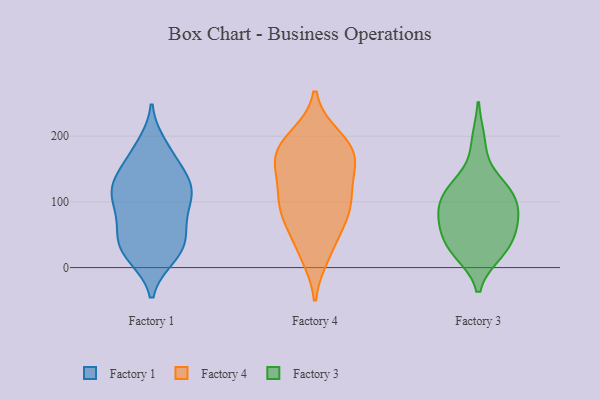
{"axis": {"x": "Backlog", "y": "Value"}, "legend": ["Factory 1", "Factory 3", "Factory 4"], "data": [{"x": "", "y": 92, "type": "Factory 1"}, {"x": "", "y": 59, "type": "Factory 1"}, {"x": "", "y": 174, "type": "Factory 1"}, {"x": "", "y": 186, "type": "Factory 1"}, {"x": "", "y": 17, "type": "Factory 1"}, {"x": "", "y": 48, "type": "Factory 1"}, {"x": "", "y": 68, "type": "Factory 1"}, {"x": "", "y": 92, "type": "Factory 1"}, {"x": "", "y": 116, "type": "Factory 1"}, {"x": "", "y": 124, "type": "Factory 1"}, {"x": "", "y": 26, "type": "Factory 1"}, {"x": "", "y": 138, "type": "Factory 1"}, {"x": "", "y": 169, "type": "Factory 1"}, {"x": "", "y": 119, "type": "Factory 1"}, {"x": "", "y": 130, "type": "Factory 1"}, {"x": "", "y": 25, "type": "Factory 1"}, {"x": "", "y": 131, "type": "Factory 1"}, {"x": "", "y": 103, "type": "Factory 1"}, {"x": "", "y": 42, "type": "Factory 1"}, {"x": "", "y": 20, "type": "Factory 1"}, {"x": "", "y": 196, "type": "Factory 4"}, {"x": "", "y": 168, "type": "Factory 4"}, {"x": "", "y": 19, "type": "Factory 4"}, {"x": "", "y": 130, "type": "Factory 4"}, {"x": "", "y": 88, "type": "Factory 4"}, {"x": "", "y": 173, "type": "Factory 4"}, {"x": "", "y": 26, "type": "Factory 4"}, {"x": "", "y": 159, "type": "Factory 4"}, {"x": "", "y": 79, "type": "Factory 4"}, {"x": "", "y": 108, "type": "Factory 4"}, {"x": "", "y": 135, "type": "Factory 4"}, {"x": "", "y": 199, "type": "Factory 4"}, {"x": "", "y": 175, "type": "Factory 4"}, {"x": "", "y": 176, "type": "Factory 4"}, {"x": "", "y": 57, "type": "Factory 4"}, {"x": "", "y": 96, "type": "Factory 4"}, {"x": "", "y": 86, "type": "Factory 4"}, {"x": "", "y": 79, "type": "Factory 3"}, {"x": "", "y": 117, "type": "Factory 3"}, {"x": "", "y": 28, "type": "Factory 3"}, {"x": "", "y": 24, "type": "Factory 3"}, {"x": "", "y": 71, "type": "Factory 3"}, {"x": "", "y": 111, "type": "Factory 3"}, {"x": "", "y": 34, "type": "Factory 3"}, {"x": "", "y": 38, "type": "Factory 3"}, {"x": "", "y": 191, "type": "Factory 3"}, {"x": "", "y": 118, "type": "Factory 3"}, {"x": "", "y": 121, "type": "Factory 3"}, {"x": "", "y": 78, "type": "Factory 3"}, {"x": "", "y": 76, "type": "Factory 3"}]}